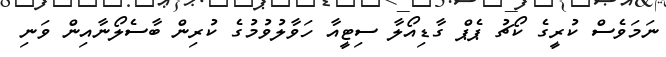
ނަމަވެސް ކުރީގެ ކޯޗު ޕެޕް ގާޑިއޯލާ ސިޓީއާ ހަވާލުވުމުގެ ކުރިން ބާސެލޯނާއިން ވަނި